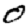
Digit: 0